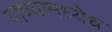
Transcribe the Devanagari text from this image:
पाण्यामध्येच